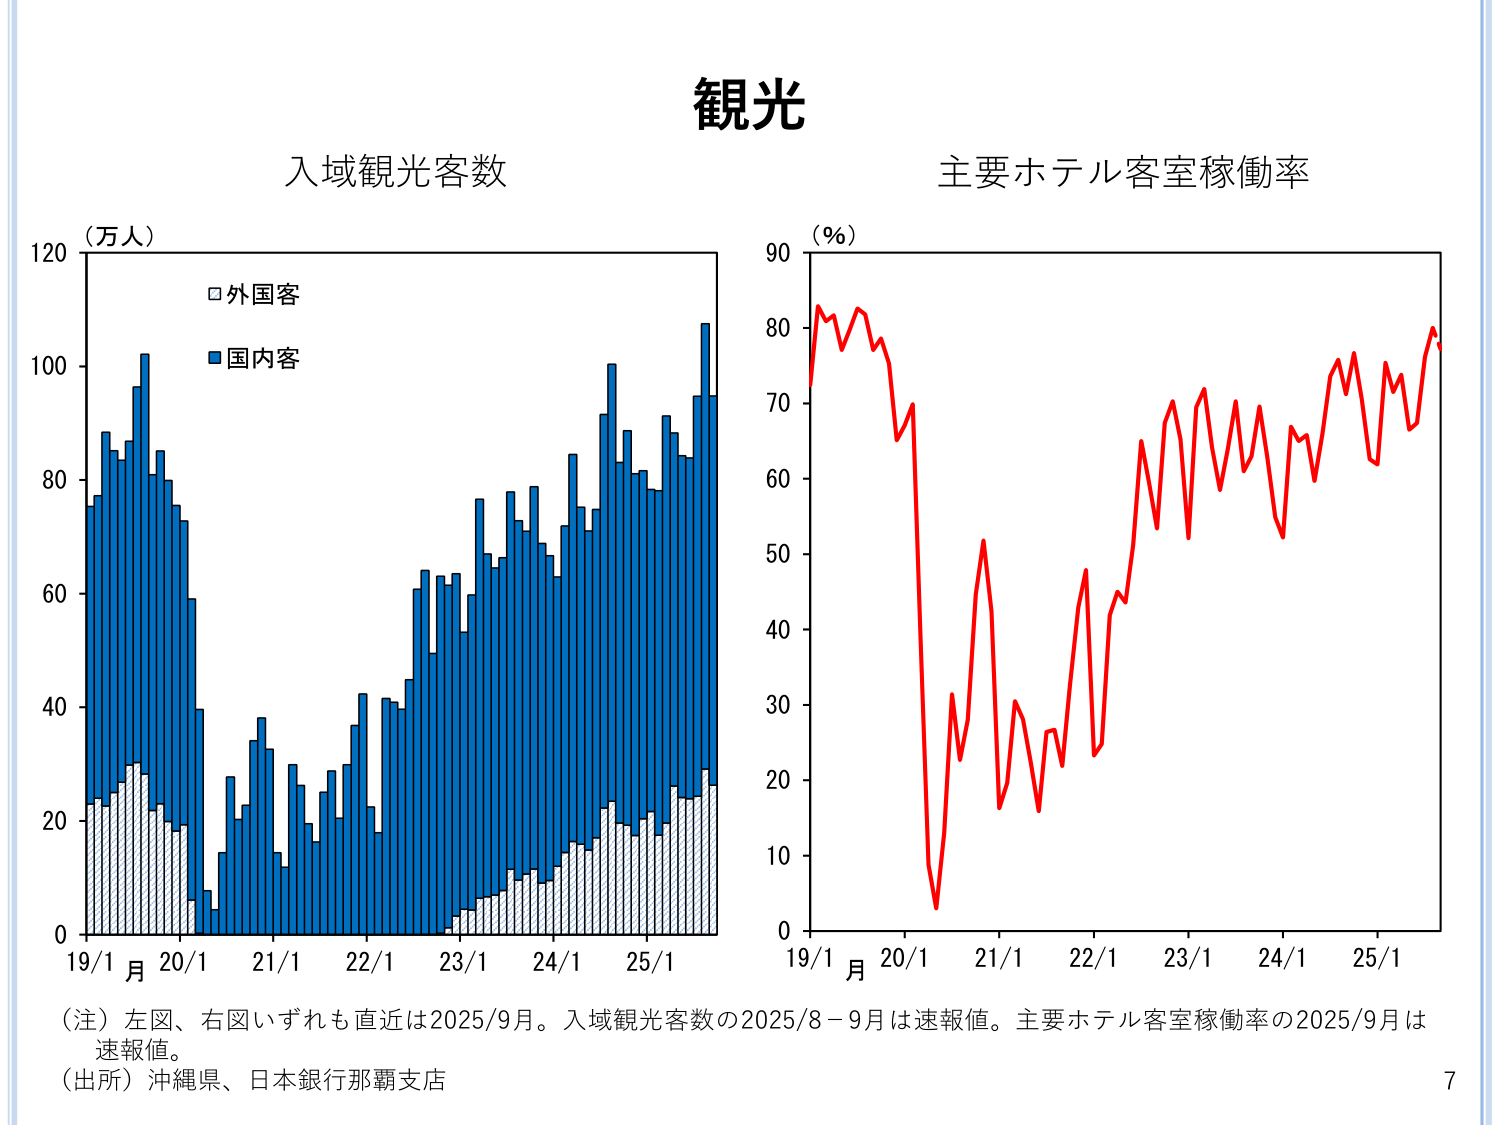
観光

入域観光客数

（万人）
120
100
80
60
40
20
0

□外国客
■国内客

19/1 月 20/1 21/1 22/1 23/1 24/1 25/1

主要ホテル客室稼働率

（％）
90
80
70
60
50
40
30
20
10
0

19/1 月 20/1 21/1 22/1 23/1 24/1 25/1

（注）左図、右図いずれも直近は2025/9月。入域観光客数の2025/8－9月は速報値。主要ホテル客室稼働率の2025/9月は速報値。
（出所）沖縄県、日本銀行那覇支店

7